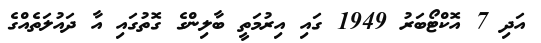
އަދި 7 އޮކްޓޯބަރު 1949 ގައި އިރުމަތީ ބާލިންގެ ގޮތުގައި އާ ދައުލަތެއްގެ